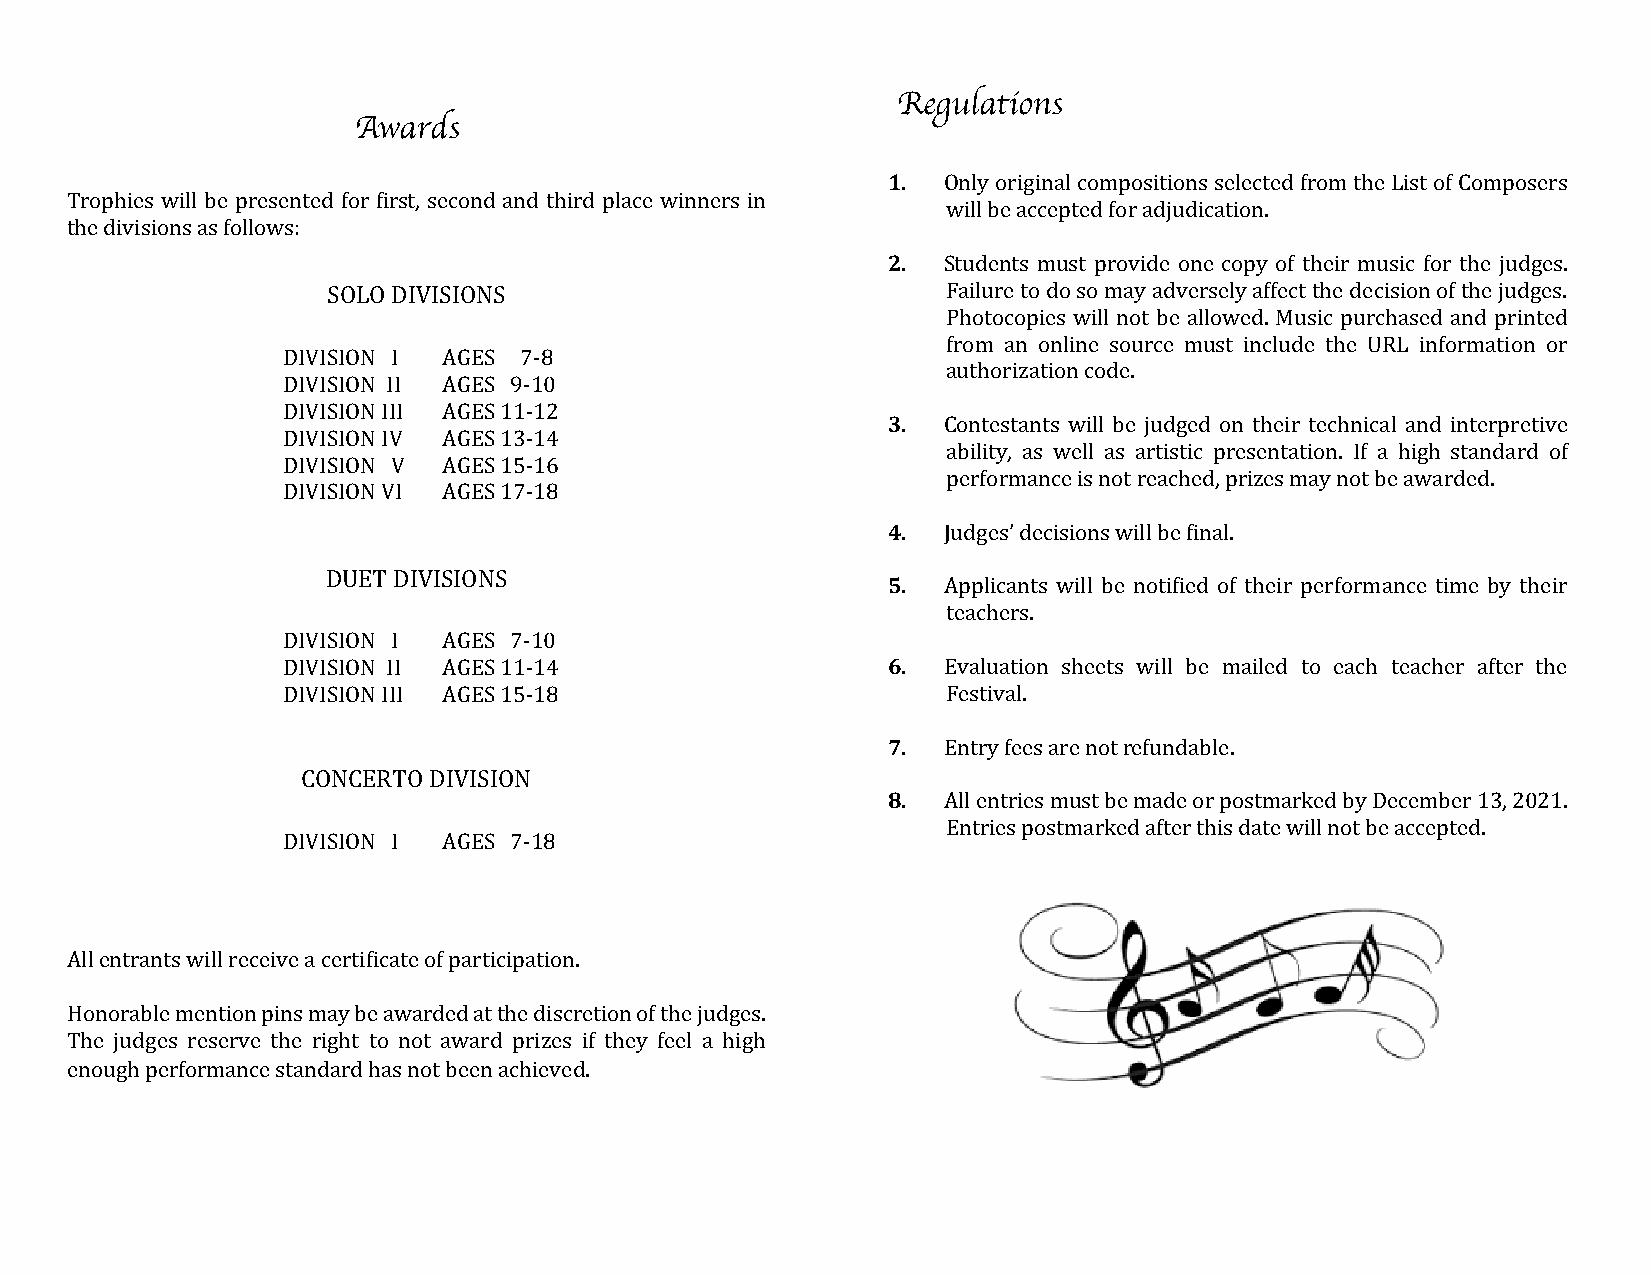
Regulations
 Awards
 1. Only original compositions selected from the List of Composers
 Trophies will be presented for first, second and third place winners in
 will be accepted for adjudication.
 the divisions as follows:
 2. Students must provide one copy of their music for the judges.
 SOLO DIVISIONS                           Failure to do so may adversely affect the decision of the judges.
 Photocopies will not be allowed. Music purchased and printed
 from an online source must include the URL information or
 DIVISION I AGES 7-8
 authorization code.
 DIVISION II AGES 9-10
 DIVISION III AGES 11-12
 3. Contestants will be judged on their technical and interpretive
 DIVISION IV AGES 13-14
 ability, as well as artistic presentation. If a high standard of
 DIVISION V AGES 15-16
 performance is not reached, prizes may not be awarded.
 DIVISION VI AGES 17-18
 4. Judges’ decisions will be final.
 DUET DIVISIONS
 5. Applicants will be notified of their performance time by their
 teachers.
 DIVISION I AGES 7-10
 DIVISION II AGES 11-14                  6. Evaluation sheets will be mailed to each teacher after the
 DIVISION III AGES 15-18                     Festival.
 7. Entry fees are not refundable.
 CONCERTO DIVISION
 8. All entries must be made or postmarked by December 13, 2021.
 Entries postmarked after this date will not be accepted.
 DIVISION I AGES 7-18
 All entrants will receive a certificate of participation.
 Honorable mention pins may be awarded at the discretion of the judges.
 The judges reserve the right to not award prizes if they feel a high
 enough performance standard has not been achieved.